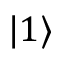
| 1 \rangle